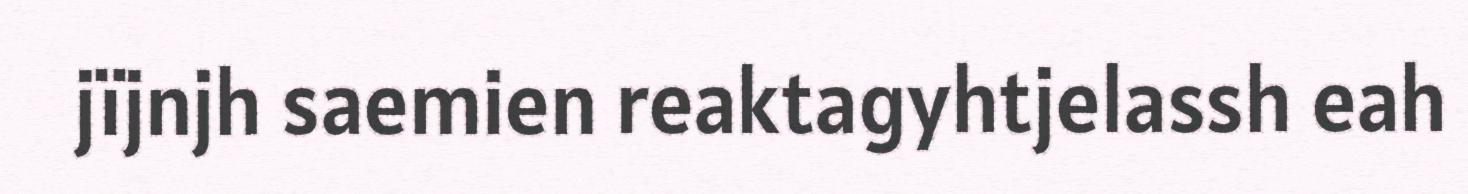
jïjnjh saemien reaktagyhtjelassh eah